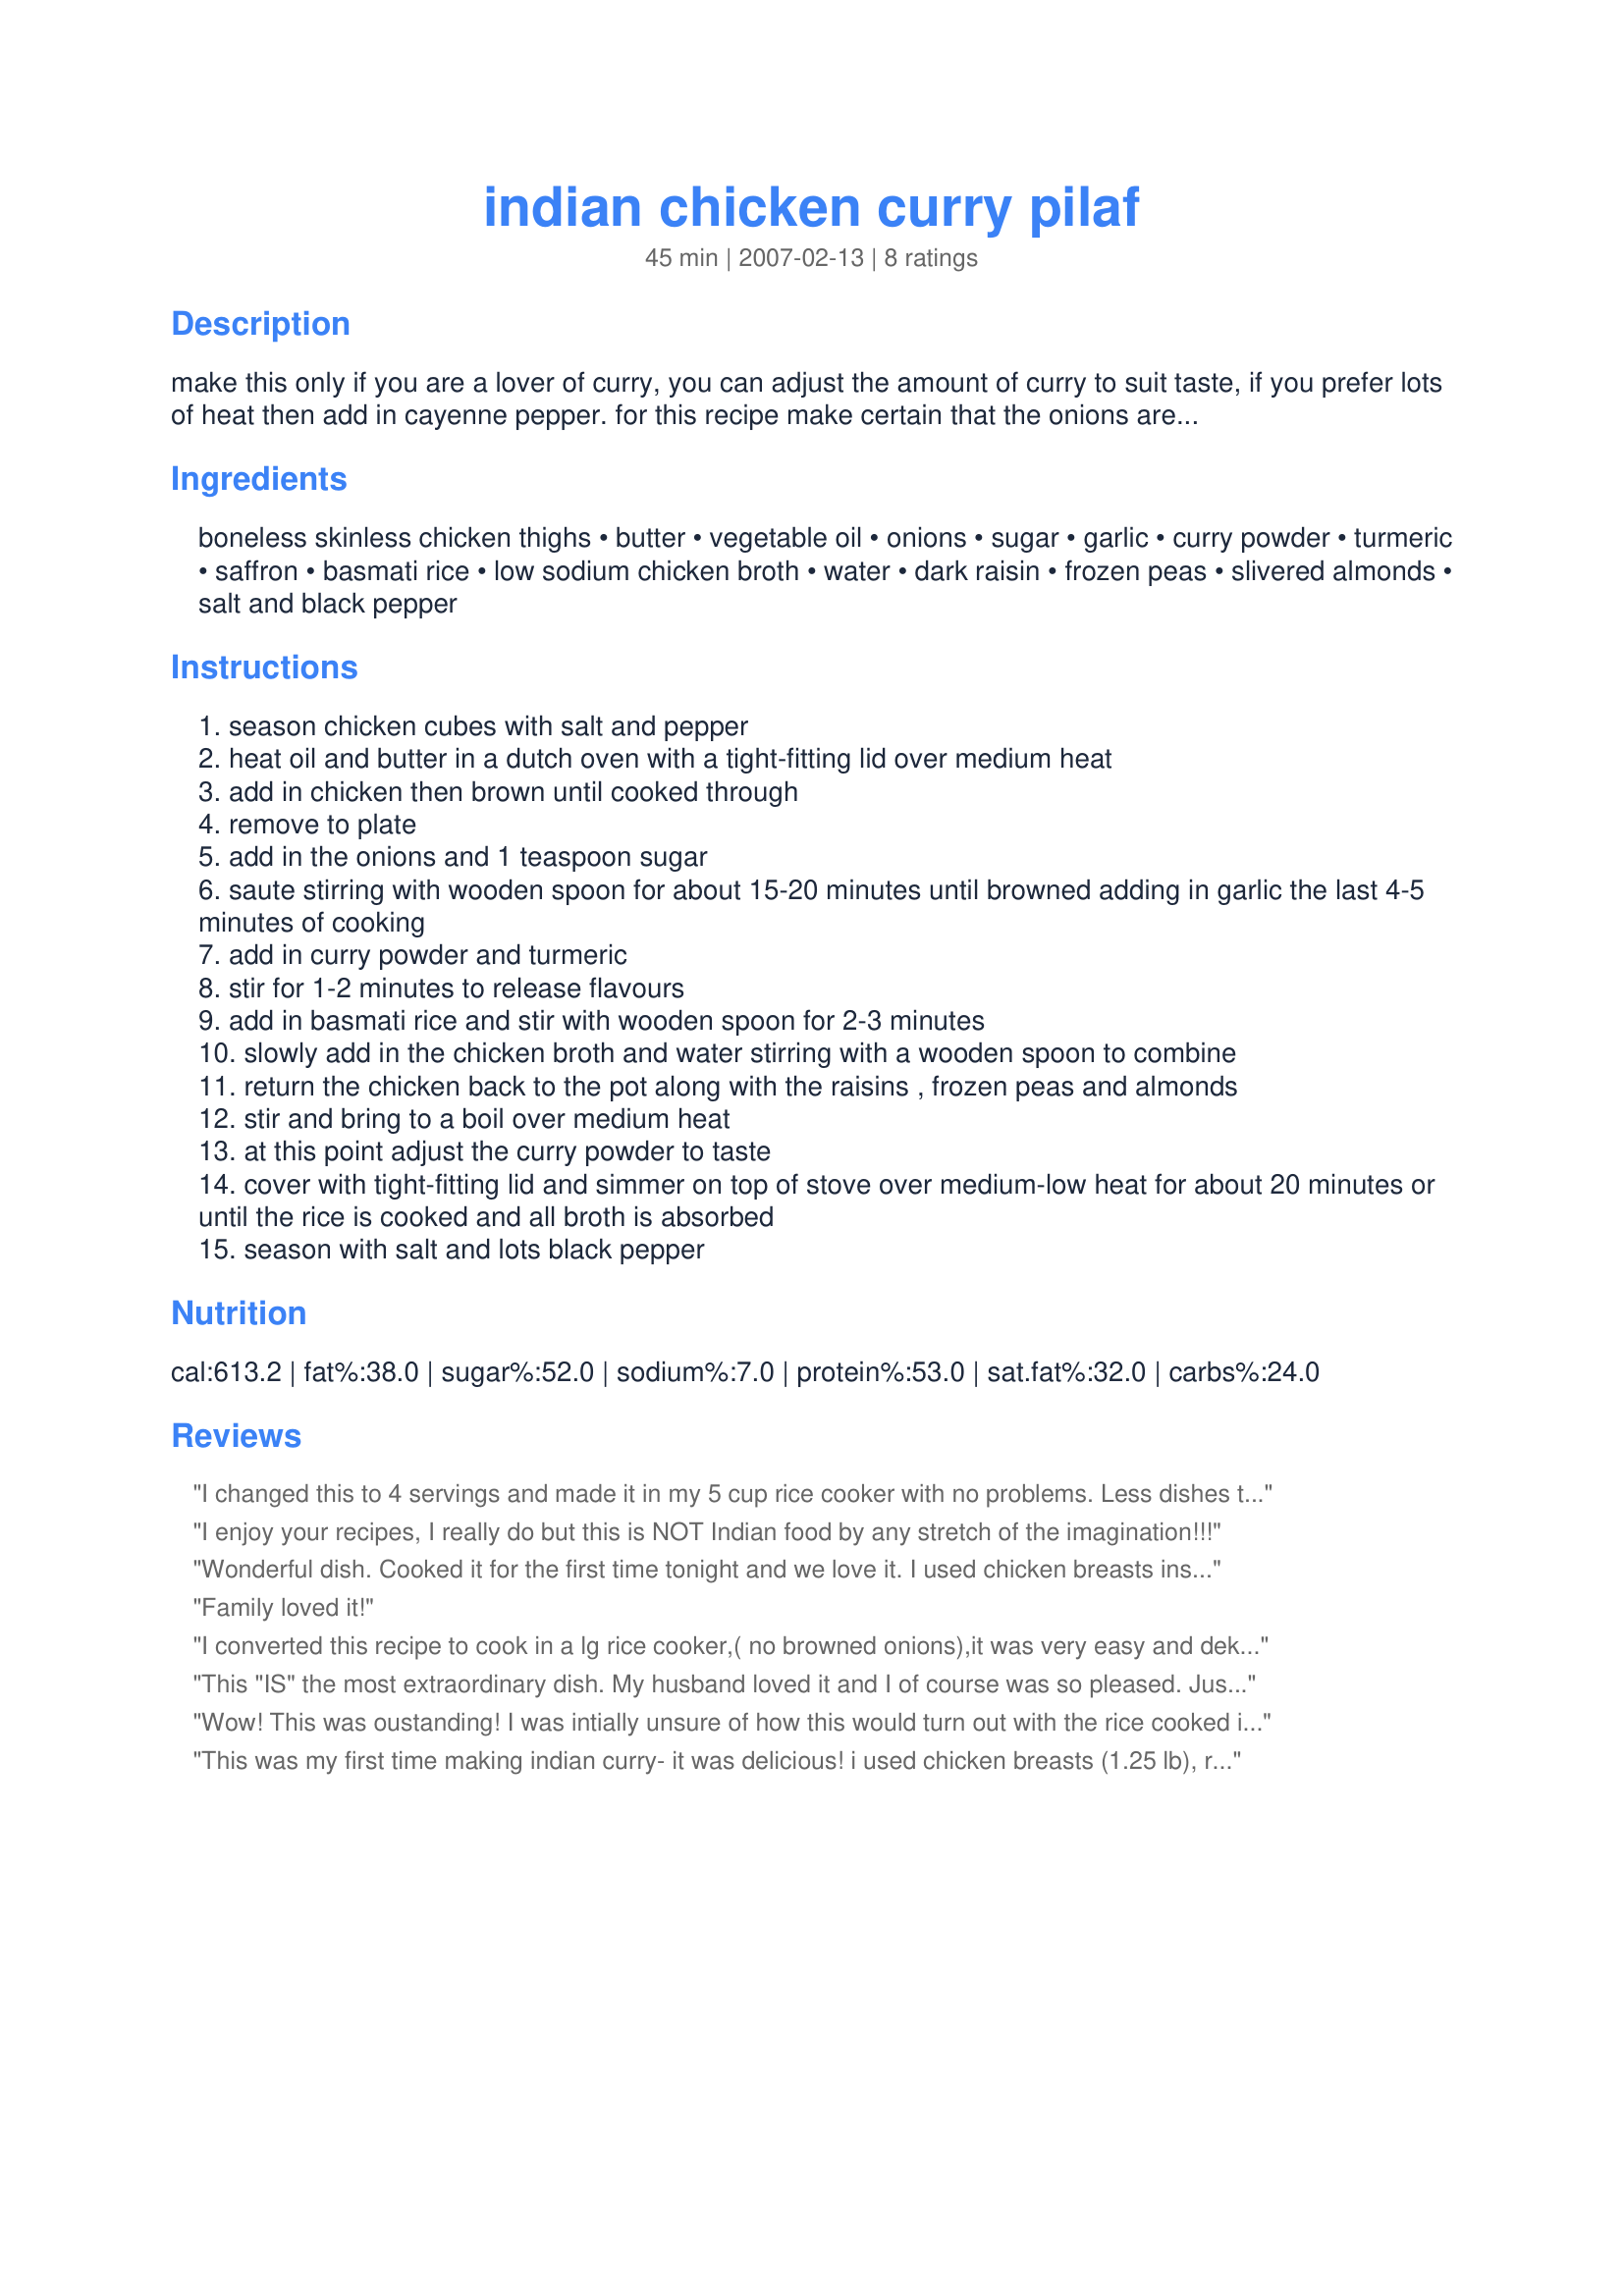
indian chicken curry pilaf
Preparation time: 45 minutes

make this only if you are a lover of curry, you can adjust the amount of curry to suit taste, if you prefer lots of heat then add in cayenne pepper. for this recipe make certain that the onions are browned, this will take about 15-20 minutes or a little longer. chicken breast can use used in place of thighs, also you really can use as much chicken as desired, long-grain white rice can be used in place of basmati, but it will not be as good, i like to use mixed frozen diced veggies in place of the peas, but that is only optional. use 2 cups less 2 tablespoons of water or if you prefer a very soft rice use 2 cups water. for the best flavor use a good-quality indian curry powder.

Ingredients:
boneless skinless chicken thighs, butter, vegetable oil, onions, sugar, garlic, curry powder, turmeric, saffron, basmati rice, low sodium chicken broth, water, dark raisin, frozen peas, slivered almonds, salt and black pepper

Steps:
season chicken cubes with salt and pepper
heat oil and butter in a dutch oven with a tight-fitting lid over medium heat
add in chicken then brown until cooked through
remove to plate
add in the onions and 1 teaspoon sugar
saute stirring with wooden spoon for about 15-20 minutes until browned adding in garlic the last 4-5 minutes of cooking
add in curry powder and turmeric
stir for 1-2 minutes to release flavours
add in basmati rice and stir with wooden spoon for 2-3 minutes
slowly add in the chicken broth and water stirring with a wooden spoon to combine
return the chicken back to the pot along with the raisins , frozen peas and almonds
stir and bring to a boil over medium heat
at this point adjust the curry powder to taste
cover with tight-fitting lid and simmer on top of stove over medium-low heat for about 20 minutes or until the rice is cooked and all broth is absorbed
season with salt and lots black pepper

Reviews:
I changed this to 4 servings and made it in my 5 cup rice cooker with no problems. Less dishes to wash! I used two rice cooker cups of rice and filled liquid to the 2 marker of the cooker. I used 2 tsp curry but would increase it next time as it wasn't very spicy. Other changes: used chicken breast cause that's what I had, and left out the butter.
I enjoy your recipes, I really do but this is NOT Indian food by any stretch of the imagination!!!
Wonderful dish. Cooked it for the first time tonight and we love it. I used chicken breasts instead of thighs. Very easy to prepare. I can't wait to eat the leftovers tomorrow.
Family loved it!
I converted this recipe to cook in a lg rice cooker,( no browned onions),it was very easy and dek= Delicious!
This "IS" the most extraordinary dish. My husband loved it and I of course was so pleased. Just reading the ingredients I wouldn't think of making ONE change. I went to the store and bought more basmati rice because I wanted it to come out perfect, and it did.
You're tops.
Lolly
Wow! This was oustanding! I was intially unsure of how this would turn out with the rice cooked in the same pot, but I should not have worried. The rice, as well as the rest of the dish, was cooked perfectly! My entire family loved it, including my 3 1/2 year old, and my 1 year old couldn't get enough of the rice. Thank you for this tasty and easy to follow recipe! It is now in the regular rotation. :)
This was my first time making indian curry- it was delicious! i used chicken breasts (1.25 lb), raw slivered almonds, 3+ tbs curry powder and 1.5 of turmeric. i also added 1/2 head cauliflower. the reason it got 4 instead of 5: i used brown basmati rice and had to cook it for an hour! also add 2 more cups of chicken broth. i forgot to rinse it (oops!) so maybe that was the problem? i will make it again.
